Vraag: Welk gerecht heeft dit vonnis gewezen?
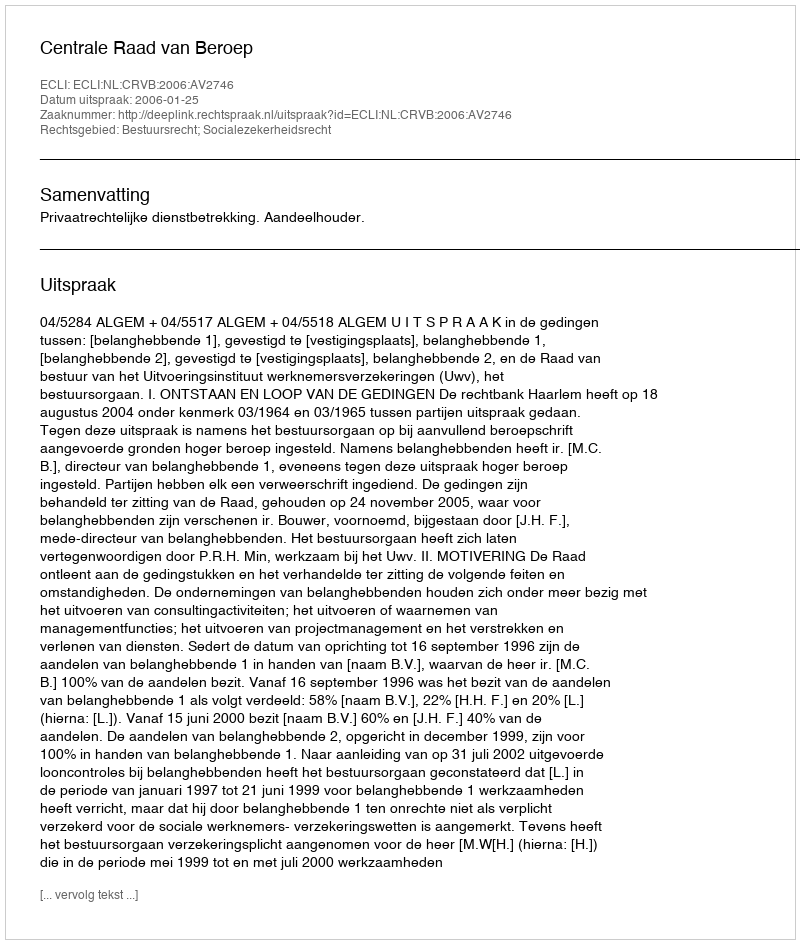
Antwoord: Centrale Raad van Beroep